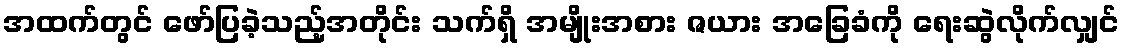
အထက်တွင် ဖော်ပြခဲ့သည့်အတိုင်း သက်ရှိ အမျိုးအစား ဇယား အခြေခံကို ရေးဆွဲလိုက်လျှင်